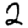
Digit: 2